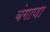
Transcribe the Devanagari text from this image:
बंगाणा